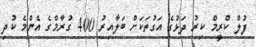
ފުލް ކްރީމް ކިރު ދަޅުގެ އަގުތަކަށް ބަލާއިރު 400 ގުރާމްގެ އެންމެ ކުދި